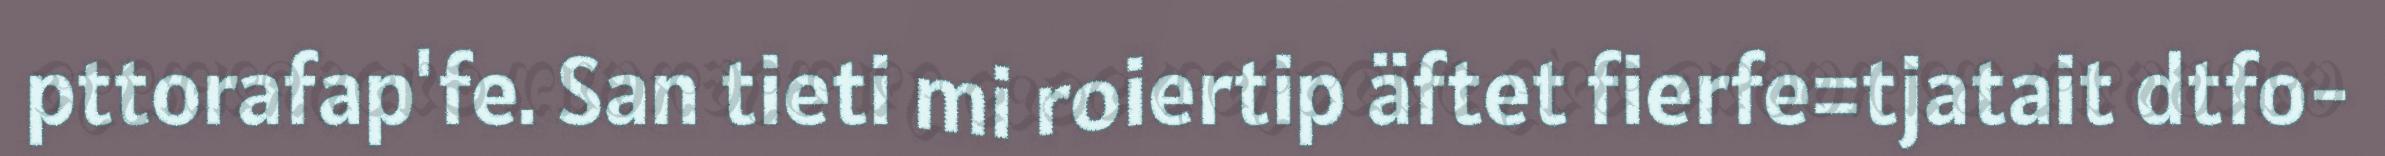
pttorafap'fe. San tieti mi roiertip äftet fierfe=tjatait dtfo-